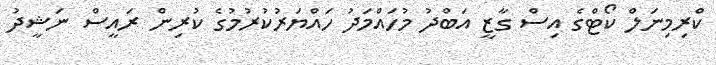
ކްރިމިނަލް ކޯޓްގެ އިސް ގާޒީ އަބްދު މުހައްމަދު ހައްޔަރުކުރުމުގެ ކުރިން ރައީސް ނަޝީދު